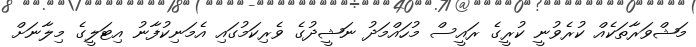
މަޝްވަރާތަކެއް ކުރެވުނީ ކުރީގެ ރައީސް މުހައްމަދު ނަޝީދުގެ ވެރިކަމުގައި އެމަނިކުފާނު އިޓަލީގެ މިލާނަށް